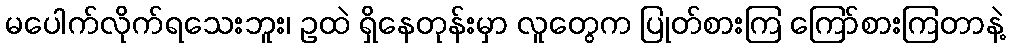
မပေါက်လိုက်ရသေးဘူး၊ ဥထဲ ရှိနေတုန်းမှာ လူတွေက ပြုတ်စားကြ ကြော်စားကြတာနဲ့